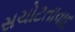
સચોટતાવાદ